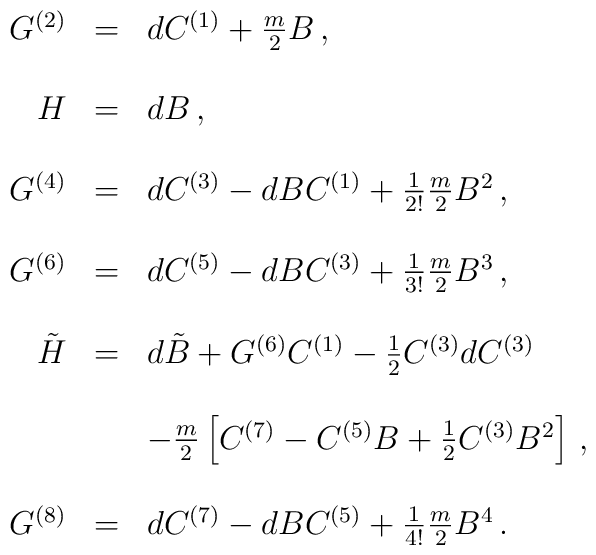
\begin{array}{rcl}G^{(2)} & = & d C^{(1)} +\frac{m}{2}B\, , \\& & \\H & = & dB\, ,\\& & \\G^{(4)} & = & d C^{(3)} -dB C^{(1)}+\frac{1}{2!} \frac{m}{2}B^{2}\, , \\& & \\G^{(6)} & = & d C^{(5)} -dB C^{(3)}+\frac{1}{3!} \frac{m}{2}B^{3}\, , \\& & \\\tilde{H} & = & d\tilde{B} +G^{(6)} C^{(1)} -\frac{1}{2}C^{(3)}dC^{(3)} \\& & \\& & -\frac{m}{2}\left[C^{(7)} -C^{(5)}B +\frac{1}{2}C^{(3)}B^{2}\right]\, ,\\& & \\G^{(8)} & = & d C^{(7)} -dB C^{(5)}+\frac{1}{4!} \frac{m}{2}B^{4}\, . \\\end{array}